Indian journal of veterinary science and animal husbandry - Volumes 28-29, 1958-1959
Year: 1958
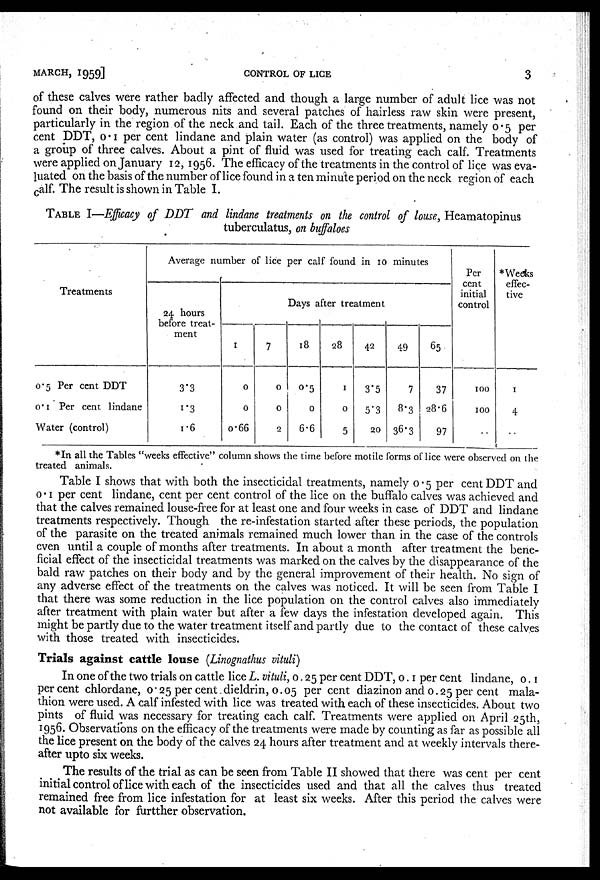
MARCH,
1959]
CONTROL OF LICE
3
of these calves were rather badly affected and though a large number of adult lice was not
found on their body, numerous nits and several patches of hairless raw skin were present,
particularly in the region of the neck and tail. Each of the three treatments, namely 0.5 per
cent DDT, 0.1 per cent lindane and plain water (as control) was applied on the body of
a group of three calves. About a pint of fluid was used for treating each calf. Treatments
were applied on January 12, 1956. The efficacy of the treatments in the control of lice was eva-
luated on the basis of the number of lice found in a ten minute period on the neck region of each
calf. The result is shown in Table I.
TABLE I—Efficacy of DDT and lindane treatments on the control of louse, Heamatopinus
tuberculatus, on buffaloes
Treatments
0.5 Per cent DDT
0.1 Per cent lindane
Water (control)
Average number of lice per calf found in 10 minutes
24 hours
before treat-
ment
3.3
1.3
1.6
1
0
0
0.66
7
0
0
2
Days after treatment
18
0.5
0
6.6
28
1
0
5
42
3.5
5.3
20
49
7
8.3
36.3
65
37
28.6
97
Per
cent
initial
control
100
100
*Weeks
effec-
tive
1
4
*In all the Tables "weeks effective" column shows the time before motile forms of lice were observed on the
treated animals.
Table I shows that with both the insecticidal treatments, namely 0.5 per cent DDT and
0.1 per cent lindane, cent per cent control of the lice on the buffalo calves was achieved and
that the calves remained louse-free for at least one and four weeks in case of DDT and lindane
treatments respectively. Though the re-infestation started after these periods, the population
of the parasite on the treated animals remained much lower than in the case of the controls
even until a couple of months after treatments. In about a month after treatment the bene-
ficial effect of the insecticidal treatments was marked on the calves by the disappearance of the
bald raw patches on their body and by the general improvement of their health. No sign of
any adverse effect of the treatments on the calves was noticed. It will be seen from Table I
that there was some reduction in the lice population on the control calves also immediately
after treatment with plain water but after a few days the infestation developed again. This
might be partly due to the water treatment itself and partly due to the contact of these calves
with those treated with insecticides.
Trials against cattle louse (Linognathus vituli)
In one of the two trials on cattle lice L. vituli, 0.25 per cent DDT, 0.1 per cent lindane, 0.1
per cent chlordane, 0.25 per cent dieldrin, 0.05 per cent diazinon and 0.25 per cent mala-
thion were used. A calf infested with lice was treated with each of these insecticides. About two
pints of fluid was necessary for treating each calf. Treatments were applied on April 25th,
1956. Observations on the efficacy of the treatments were made by counting as far as possible all
the lice present on the body of the calves 24 hours after treatment and at weekly intervals there-
after upto six weeks.
The results of the trial as can be seen from Table II showed that there was cent per cent
initial control of lice with each of the insecticides used and that all the calves thus treated
remained free from lice infestation for at least six weeks. After this period the calves were
not available for furtther observation.